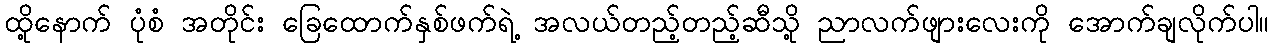
ထို့နောက် ပုံစံ အတိုင်း ခြေထောက်နှစ်ဖက်ရဲ့ အလယ်တည့်တည့်ဆီသို့ ညာလက်ဖျားလေးကို အောက်ချလိုက်ပါ။